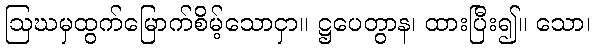
ဩဃမှထွက်မြောက်စိမ့်သောငှာ။ ဋ္ဌပေတွာန၊ ထားပြီး၍။ သော၊